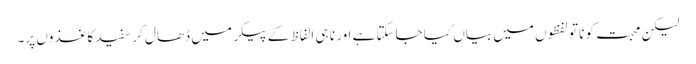
لیکن محبت کو نا تو لفظوں میں بیاں کیا جاسکتا ہے اور نا ہی الفاظ کے پیکر میں ڈھال کر سفید کاغذوں پر۔